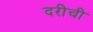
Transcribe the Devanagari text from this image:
दरीची